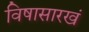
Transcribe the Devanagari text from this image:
विषासारखं